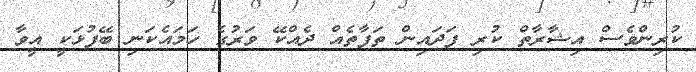
ކުރިންވެސް އިޝާރާތް ކުރި ފަދައިން ތަފާތެއް ދެއްކޭ ވަރުގެ ހަމައެކަނި ބޭފުޅަކީ އީވާ